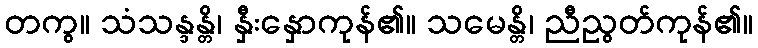
တကွ။ သံသန္ဒန္တိ၊ နှီးနှောကုန်၏။ သမေန္တိ၊ ညီညွတ်ကုန်၏။